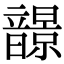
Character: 𩐿